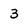
Character: 3